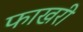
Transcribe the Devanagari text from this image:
फाखरी